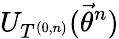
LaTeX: U_{T^{(0,n)}}(\vec{\theta}^{n})